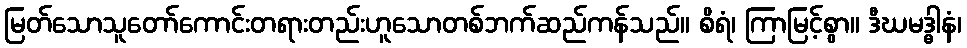
မြတ်သောသူတော်ကောင်းတရားတည်းဟူသောတစ်ဘက်ဆည်ကန်သည်။ စိရံ၊ ကြာမြင့်စွာ။ ဒီဃမဒ္ဓါနံ၊